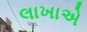
લાખાએ